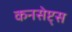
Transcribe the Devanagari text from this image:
कनसेप्ट्स